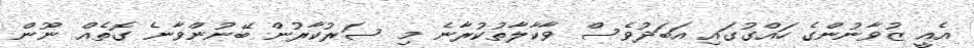
އެއީ ޒުވާނުންގެ ހައްގުގައި އަބަދުވެސް ވާކާލާތުކުރާނެ މި ސަރުކާރުން ބޭނުންވާނެ ގޮތެއް ނޫން